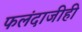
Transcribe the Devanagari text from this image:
फलंदाजीही